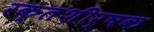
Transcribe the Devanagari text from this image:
रक्तशीर्षक